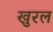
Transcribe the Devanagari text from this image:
खुरल